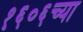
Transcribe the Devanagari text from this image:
१६०६च्या